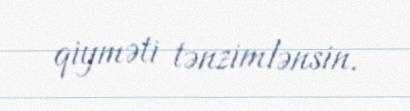
qiyməti tənzimlənsin.